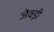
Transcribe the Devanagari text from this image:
जेवड़ी